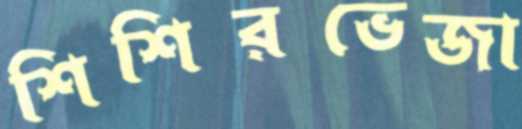
শিশিরভেজা